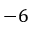
- 6